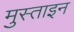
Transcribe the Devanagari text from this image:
मुस्ताइन